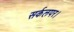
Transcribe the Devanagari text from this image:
सर्कलपर।